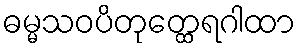
ဓမ္မသဝပိတုတ္ထေရဂါထာ